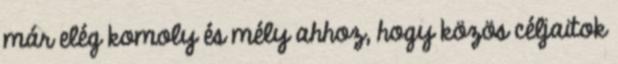
már elég komoly és mély ahhoz, hogy közös céljaitok